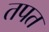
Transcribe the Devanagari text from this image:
तपत